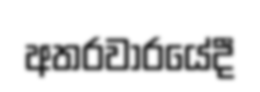
අතරවාරයේදී